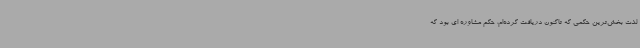
لذت بخش‌ترین حکمی که تاکنون دریافت کرده‌ام، حکم مشاوره ‌ای بود که